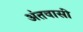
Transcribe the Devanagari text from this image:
अंतवासी